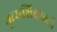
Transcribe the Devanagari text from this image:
नृत्यशिक्षकही